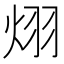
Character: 𪸪